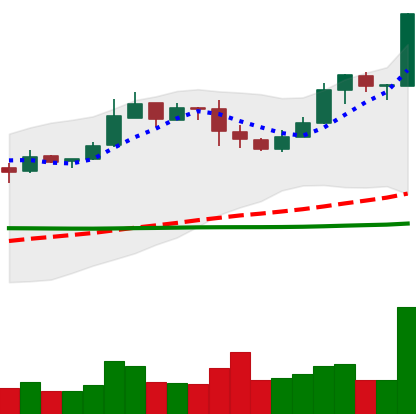
Ticker: BNB-USD
Chart end date: 2019-03-05
Forward return: 4.941%
Label: up_3_5